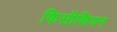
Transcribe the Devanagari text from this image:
फिसीशियन